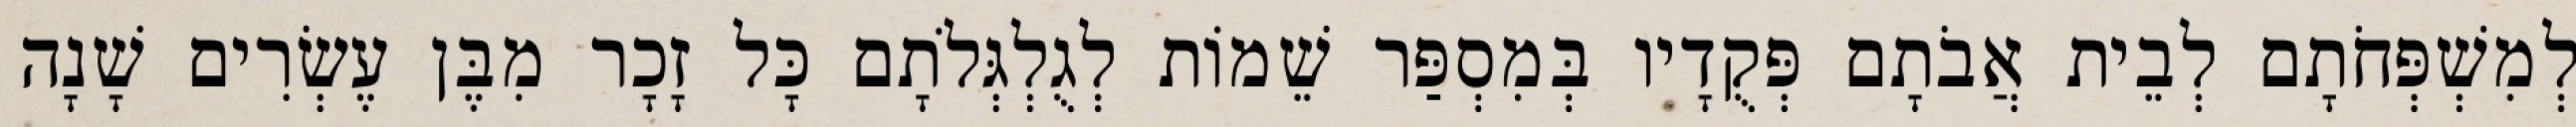
לְמִשְׁפְּחֹתָם לְבֵית אֲבֹתָם פְּקֻדָיו בְּמִסְפַּר שֵׁמוֹת לְגֻלְגְּלֹתָם כָּל זָכָר מִבֶּן עֶשְׂרִים שָׁנָה